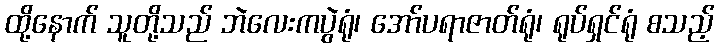
ထို့နောက် သူတို့သည် ဘဲလေးကပွဲရုံ၊ အော်ပရာဇာတ်ရုံ၊ ရုပ်ရှင်ရုံ စသည့်